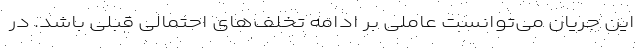
این جریان می‌توانست عاملی بر ادامه تخلف‌های احتمالی قبلی باشد. در